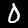
Digit: 0